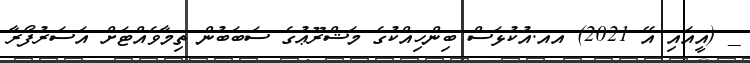
_ (އީއައި އޭ 2021) އއ.އުކުޅަސް ބިންހިއްކުުގެ މަޝްރޫޢުގެ ސަބަބުން ތިމާވެއްޓަށް އަސަރުފޯރާ